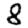
Digit: 8